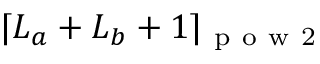
\lceil L _ { a } + L _ { b } + 1 \rceil _ { \mathrm { ~ p ~ o ~ w ~ 2 ~ } }